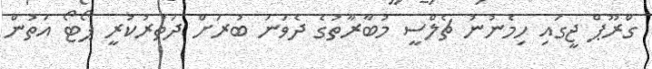
ގްރޫޕް ޖީގައި ހިމެނުނު ޗެލްސީ މުބާރާތުގެ ދެވަނަ ބުރަށް ދަތުރުކުރީ ޕޯޓޯ އަތުން